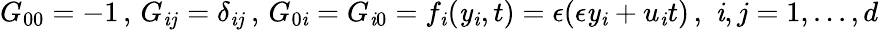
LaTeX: G_{00}=-1\, ,\, G_{\mathit{i}j}=\delta_{\mathit{i}j}\, ,\, G_{0\mathit{i}}=G_{\mathit{i}0}=f_{\mathit{i}}(\mathit{y}_{\mathit{i}},t)=\epsilon(\epsilon\mathit{y}_{\mathit{i}}+u_{\mathit{i}}t)\, ,\, \, \mathit{i},j=1,...,d